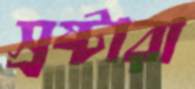
স্রষ্টারা